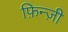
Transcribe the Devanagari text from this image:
फ़िन्ज़ी